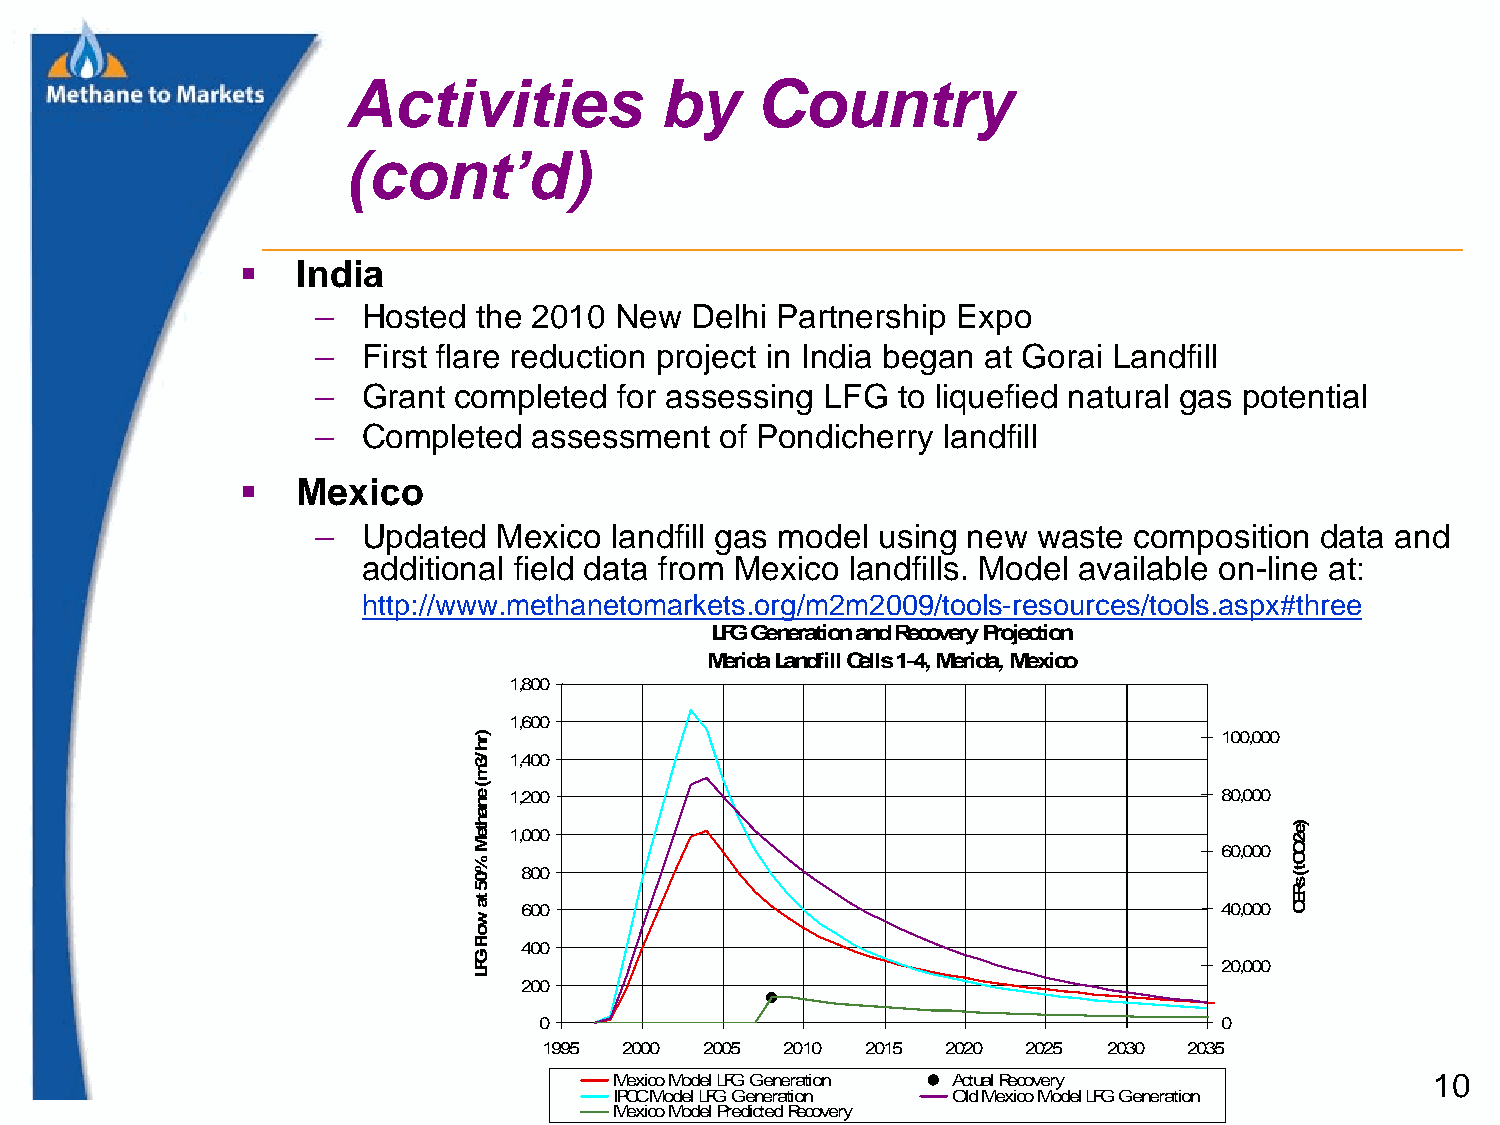
Activities           by    Country
 (cont’d)
    India
 –  Hosted  the 2010 New  Delhi Partnership Expo
 –  First flare reduction project in India began at Gorai Landfill
 –  Grant completed  for assessing LFG to liquefied natural gas potential
 –  Completed  assessment   of Pondicherry landfill
    Mexico
 –  Updated  Mexico landfill gas model using new waste composition data and
 additional field data from Mexico landfills. Model available on-line at:
 http://www.methanetomarkets.org/m2m2009/tools-resources/tools.aspx#three
 LFG Generation and Recovery Projection
 Merida Landfill Cells 1-4, Merida, Mexico
 1,800
 1,600
 100,000
 1,400
 1,200                                          80,000
 1,000
 60,000
 800
 600                                            40,000
 400
 20,000
 200
 0                                            0
 1995 2000  2005 2010 2015  2020 2025 2030  2035
 Mexico Model LFG Generation Actual Recovery           10
 IPCC Model LFG Generation Old Mexico Model LFG Generation
 Mexico Model Predicted Recovery
 )rh/3m(
 enahteM
 %05
 ta
 wolF
 GFL
 )e2OCt(
 sREC